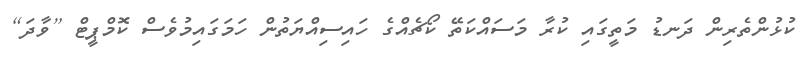
ކުޅުންތެރިން ދަނޑު މަތީގައި ކުރާ މަސައްކަތޭ ކޯޗެއްގެ ހައިސިއްޔަތުން ހަމަގައިމުވެސް ކޮމްޕީޓް [ވާދަ]